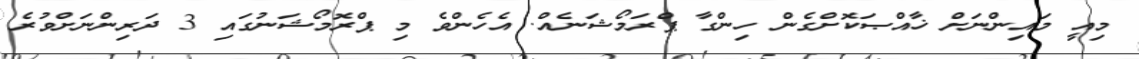
މިއީ މައިންނަށް ޚާއްޞަކޮށްގެން ހިންގާ ޕްރަމޯޝަނެއް. އެހެންވެ މި ޕްރޮމޯޝަނުގައި 3 ދަރިންނަށްވުރެ